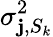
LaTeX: \sigma_{\mathbf{j},S_{k}}^{2}